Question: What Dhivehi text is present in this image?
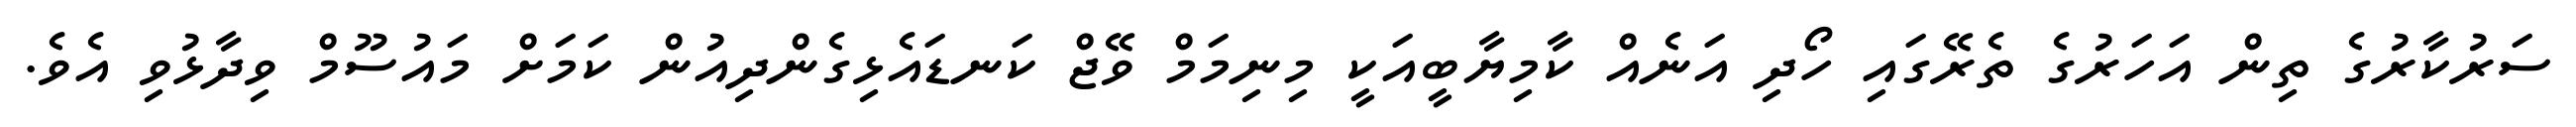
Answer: ސަރުކާރުގެ ތިން އަހަރުގެ ތެރޭގައި ހޯދި އަނެއް ކާމިޔާބީއަކީ މިނިމަމް ވޭޖް ކަނޑައެޅިގެންދިއުން ކަމަށް މައުސޫމް ވިދާޅުވި އެވެ.